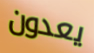
يعدون